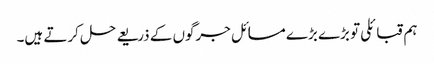
ہم قبائلی تو بڑے بڑے مسائل جرگوں کے ذریعے حل کرتے ہیں۔